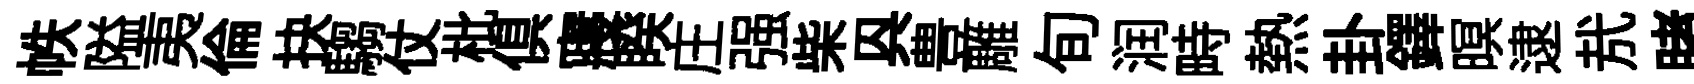
帙隘夷倫抉騶仗枇俱寢睽庄强柴㒷豊雕旬润畤熱卦鐸暝逮㢤睹